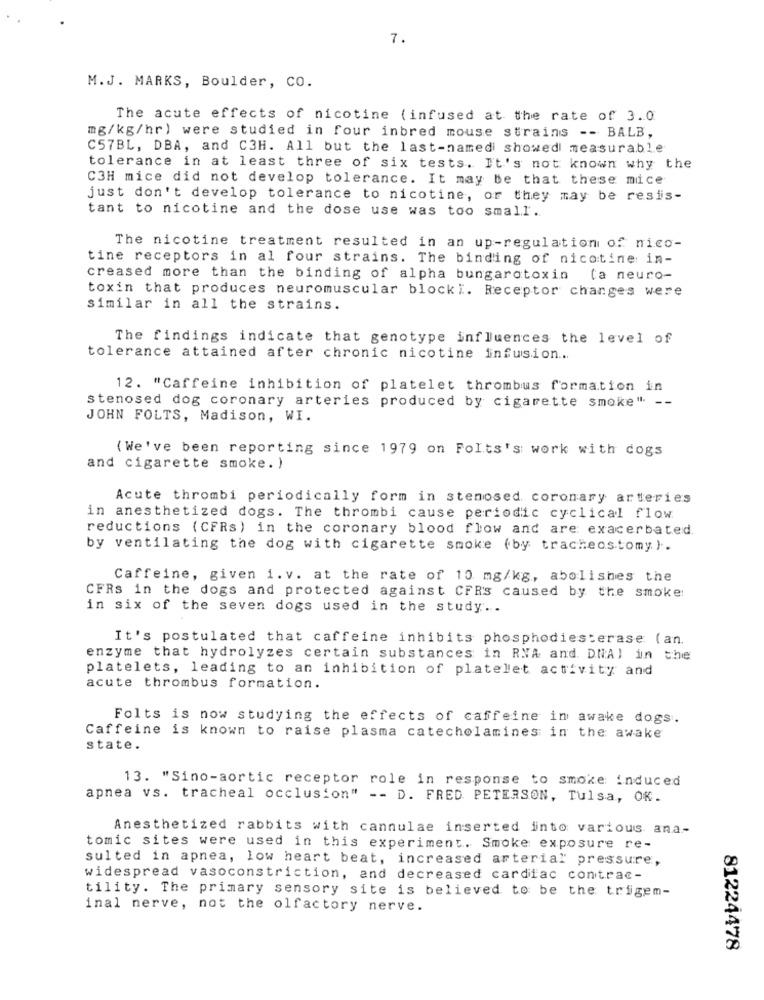
7.
M.J. MARKS, Boulder, CO.
The acute effects of nicotine (infused at the rate of 3.0
mg/kg/hr) were studied in four inbred mouse strains -- BALB,
C57BL, DBA, and C3H. All but the last-namedi showed measurable
tolerance in at least three of six tests. It's not known why the
C3H mice did not develop tolerance. It may be that these mice
just don't develop tolerance to nicotine, or they may be resis-
tant to nicotine and the dose use was too small.
The nicotine treatment resulted in an up-regulation of nico-
tine receptors in al four strains. The binding of nicotine in-
creased more than the binding of alpha bungaratoxin (a neuro-
toxin that produces neuromuscular blocki. Receptor changes were
similar in all the strains.
The findings indicate that genotype influences the level of
tolerance attained after chronic nicotine infusion ...
12. "Caffeine inhibition of platelet thrombus formation in
stenosed dog coronary arteries produced by cigarette smoke" --
JOHN FOLTS, Madison, WI.
(We've been reporting since 1979 on Folts's work with dogs
and cigarette smoke. )
Acute thrombi periodically form in stenosed coronary arteries
in anesthetized dogs. The thrombi cause periodic cyclical flow
reductions (CFRs) in the coronary blood flow and are exacerbated.
by ventilating the dog with cigarette smoke (by tracheostomy ).
Caffeine, given i. v. at the rate of 10 mg/kg, abolishes the
CFRs in the dogs and protected against CFR's caused by the smoke:
in six of the seven dogs used in the study ..
It's postulated that caffeine inhibits phosphodiesterase ( an.
enzyme that hydrolyzes certain substances in RNA and. DNA) in the
platelets, leading to an inhibition of platelet activity and
acute thrombus formation.
Folts is now studying the effects of caffeine in awake dogs.
Caffeine is known to raise plasma catecholamines in the awake
state.
13. "Sino-aortic receptor role in response to smoke: induced
apnea vs. tracheal occlusion" -- D. FRED. PETERSON, Tulsa, OK.
Anesthetized rabbits with cannulae inserted into various ana-
tomic sites were used in this experiment. Smoke exposure re-
sulted in apnea, low heart beat, increased arterial pressure,
widespread vasoconstriction, and decreased cardiac contrac-
tility. The primary sensory site is believed to be the trigem-
inal nerve, not the olfactory nerve.
81224478